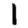
Digit: 1